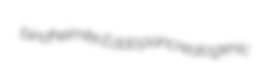
bindheimite Edda pancreatogenic